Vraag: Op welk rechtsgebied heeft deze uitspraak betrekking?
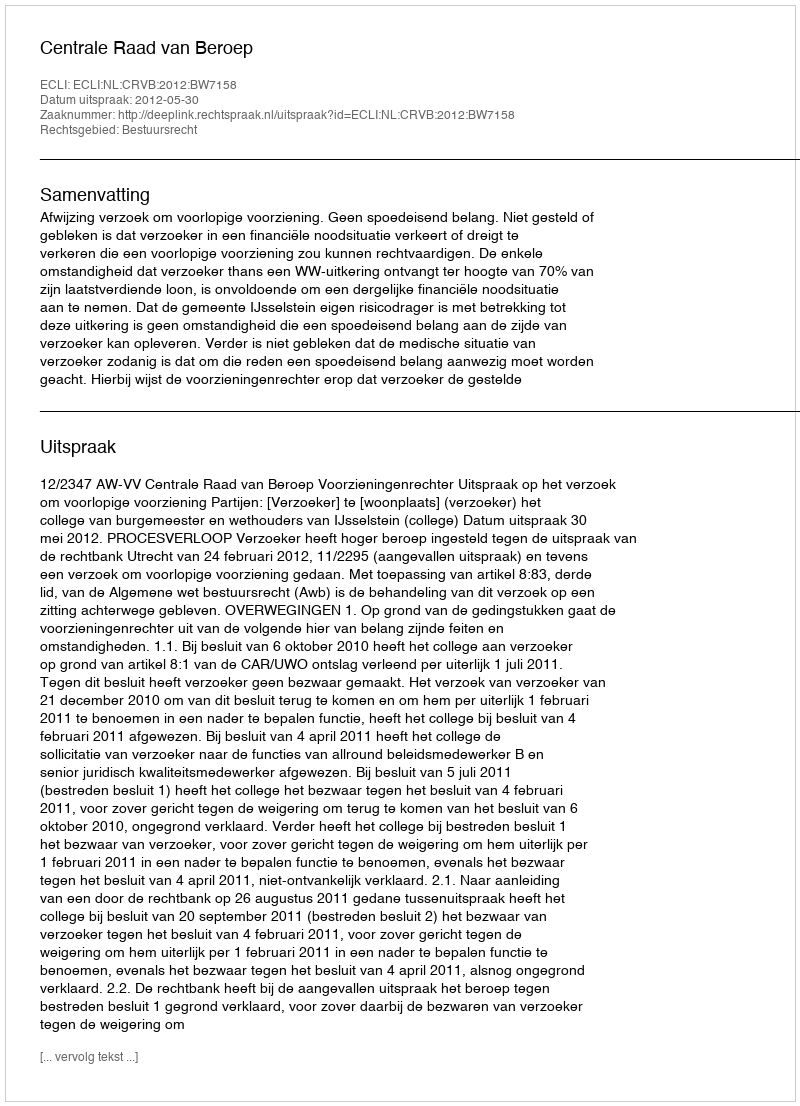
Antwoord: Bestuursrecht